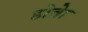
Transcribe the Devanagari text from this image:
होताे